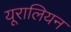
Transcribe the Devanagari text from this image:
यूरालियन